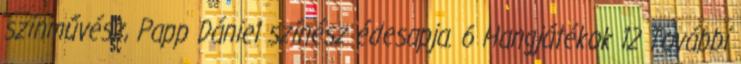
színművész, Papp Dániel színész édesapja. 6 Hangjátékok 12 További